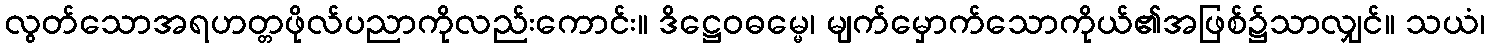
လွတ်သောအရဟတ္တဖိုလ်ပညာကိုလည်းကောင်း။ ဒိဋ္ဌေဝဓမ္မေ၊ မျက်မှောက်သောကိုယ်၏အဖြစ်၌သာလျှင်။ သယံ၊